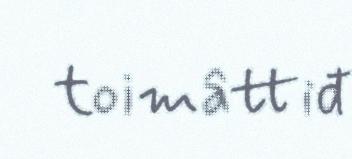
toimâttiđ